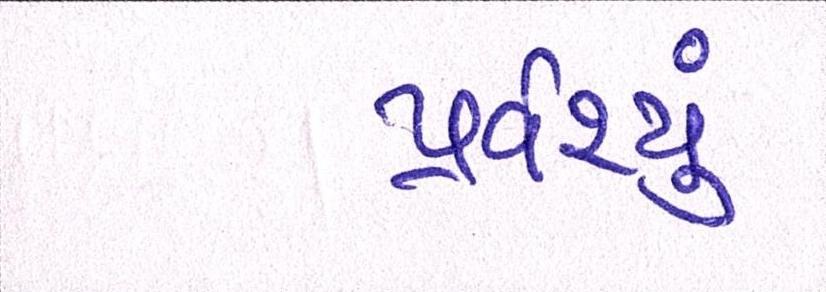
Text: પ્રવેશ્યું